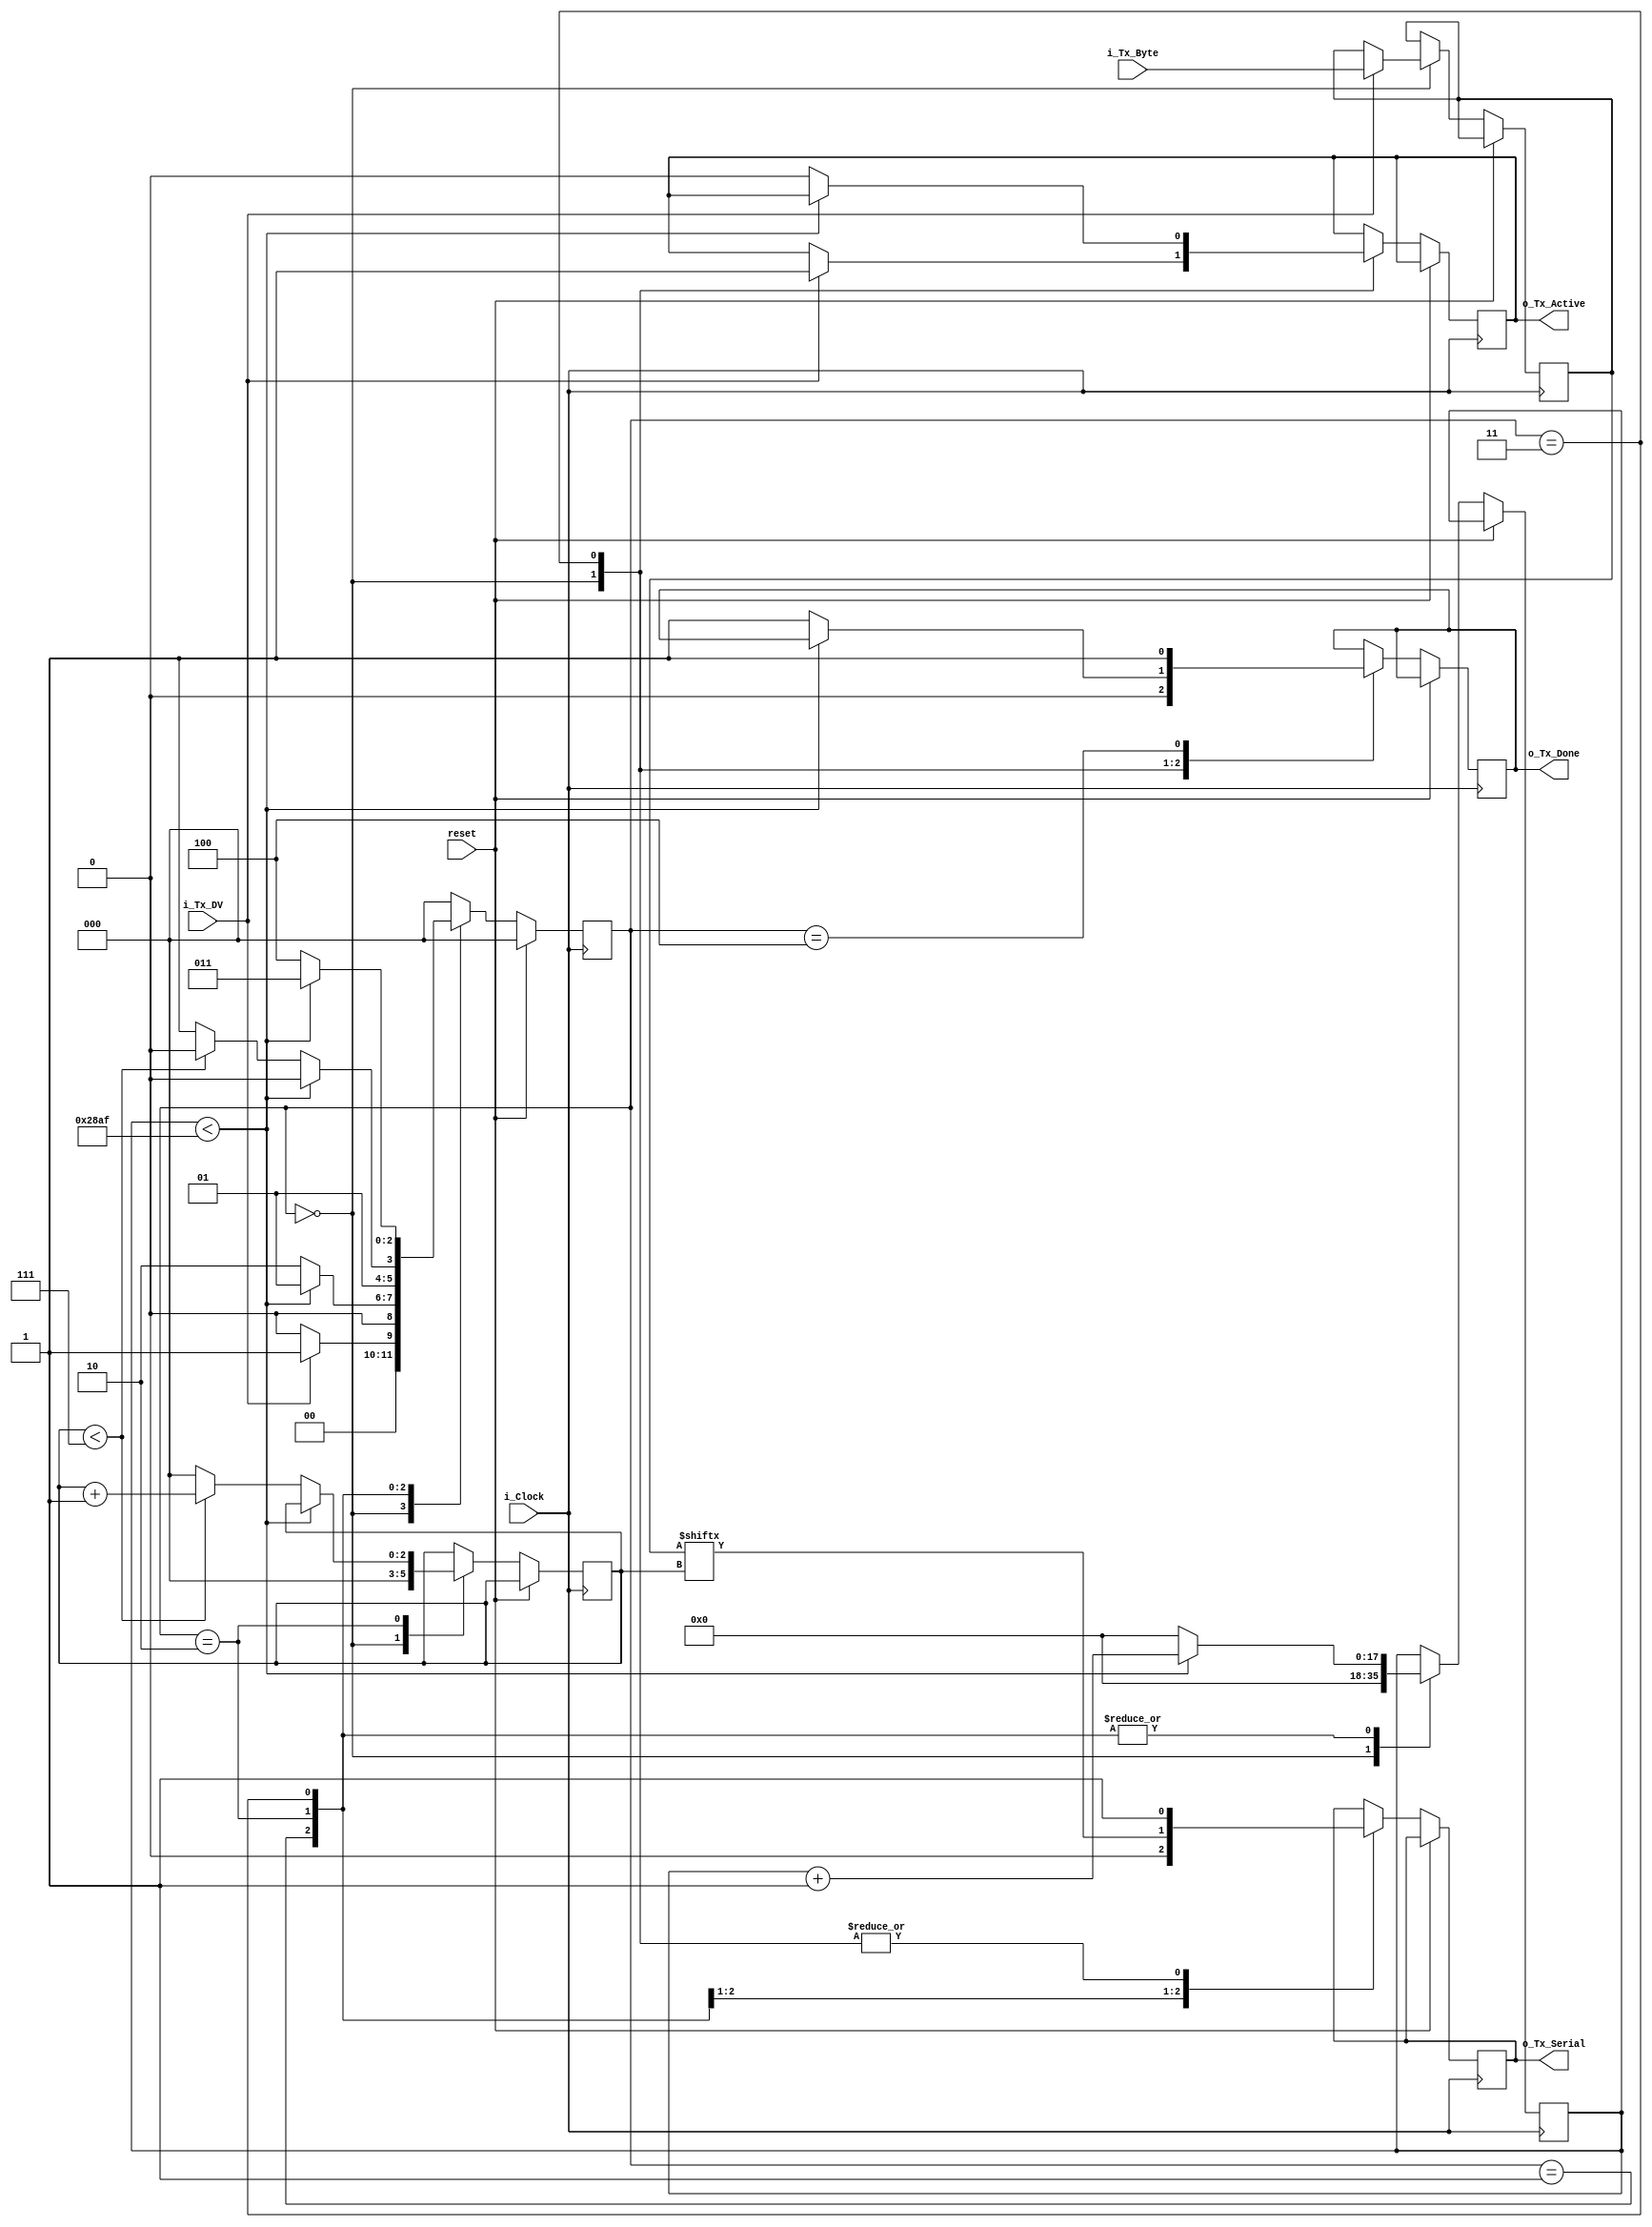
// Set Parameter CLKS_PER_BIT as follows:
// CLKS_PER_BIT = (Frequency of i_Clock)/(Frequency of UART)
// Example: 10 MHz Clock, 115200 baud UART
// (10000000)/(115200) = 87

module uart_tx
  (
   input       i_Clock,
   input        reset,
   input       i_Tx_DV,
   input [7:0] i_Tx_Byte,
   output      o_Tx_Active,
   output reg  o_Tx_Serial,
   output      o_Tx_Done
   );

  parameter CLKS_PER_BIT = 10416;
  parameter s_IDLE         = 3'b000;
  parameter s_TX_START_BIT = 3'b001;
  parameter s_TX_DATA_BITS = 3'b010;
  parameter s_TX_STOP_BIT  = 3'b011;
  parameter s_CLEANUP      = 3'b100;

  reg [2:0]    r_SM_Main     = 0;
  reg [17:0]    r_Clock_Count = 0;
  reg [2:0]    r_Bit_Index   = 0;
  reg [7:0]    r_Tx_Data     = 0;
  reg          r_Tx_Done     = 0;
  reg          r_Tx_Active   = 0;

  always @(posedge i_Clock)
    begin
    if (reset)
        begin
        r_SM_Main <= s_IDLE;
        end
    else
        begin
        case (r_SM_Main)
            s_IDLE :
              begin
                o_Tx_Serial   <= 1'b1;         // Drive Line High for Idle
                r_Tx_Done     <= 1'b0;
                r_Clock_Count <= 0;
                r_Bit_Index   <= 0;

                if (i_Tx_DV == 1'b1) // if can transmit
                  begin
                    r_Tx_Active <= 1'b1;
                    r_Tx_Data   <= i_Tx_Byte; // store data meant to be transmitted
                    r_SM_Main   <= s_TX_START_BIT; // put FSM in start mode
                  end
                else
                  r_SM_Main <= s_IDLE;
              end // case: s_IDLE


            // Send out Start Bit. Start bit = 0
            s_TX_START_BIT :
              begin
                o_Tx_Serial <= 1'b0;

                // Wait CLKS_PER_BIT - 1  clock cycles for start bit to finish to properly sample at baud rate
                if (r_Clock_Count < CLKS_PER_BIT - 1)
                  begin
                    r_Clock_Count <= r_Clock_Count + 1;
                    r_SM_Main     <= s_TX_START_BIT; // keep FSM in this state until r_Clock_Count == CLKS_PER_BIT - 1
                  end
                else
                  begin
                    r_Clock_Count <= 0;
                    r_SM_Main     <= s_TX_DATA_BITS;
                  end
              end // case: s_TX_START_BIT


            // Wait CLKS_PER_BIT - 1 clock cycles for data bits to finish
            s_TX_DATA_BITS :
              begin
                o_Tx_Serial <= r_Tx_Data[r_Bit_Index]; // start transmitting current bit

                if (r_Clock_Count < CLKS_PER_BIT - 1)
                  begin
                    r_Clock_Count <= r_Clock_Count + 1;
                    r_SM_Main     <= s_TX_DATA_BITS;
                  end
                else
                  begin
                    r_Clock_Count <= 0;

                    // Check if we have sent out all bits
                    if (r_Bit_Index < 7)
                      begin
                        r_Bit_Index <= r_Bit_Index + 1;
                        r_SM_Main   <= s_TX_DATA_BITS;
                      end
                    else
                      begin
                        r_Bit_Index <= 0;
                        r_SM_Main   <= s_TX_STOP_BIT;
                      end
                  end
              end // case: s_TX_DATA_BITS


            // Send out Stop bit.  Stop bit = 1
            s_TX_STOP_BIT :
              begin
                o_Tx_Serial <= 1'b1;

                // Wait CLKS_PER_BIT-1 clock cycles for Stop bit to finish
                if (r_Clock_Count < CLKS_PER_BIT-1)
                  begin
                    r_Clock_Count <= r_Clock_Count + 1;
                    r_SM_Main     <= s_TX_STOP_BIT;
                  end
                else
                  begin
                    r_Tx_Done     <= 1'b1;
                    r_Clock_Count <= 0;
                    r_SM_Main     <= s_CLEANUP;
                    r_Tx_Active   <= 1'b0;
                  end
              end // case: s_Tx_STOP_BIT


            // Stay here 1 clock
            s_CLEANUP :
              begin
                r_Tx_Done <= 1'b1;
                r_SM_Main <= s_IDLE;
              end


            default :
              r_SM_Main <= s_IDLE;

          endcase
        end
     end // ends initial if reset (reset stuff) else (main)

  assign o_Tx_Active = r_Tx_Active;
  assign o_Tx_Done   = r_Tx_Done;

endmodule